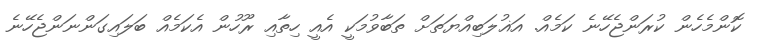
ކޮންމެހެން ކުރަންޖެހޭނެ ކަމެއް. އަޣުލަބިއްޔަތަށް ތަބާވުމަކީ އެއީ ހިތާއި ރޫހުން އެކަމެއް ބަލައިގަންނަންޖެހޭނެ